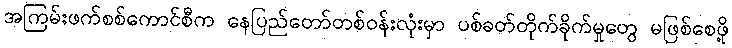
အကြမ်းဖက်စစ်ကောင်စီက နေပြည်တော်တစ်ဝန်းလုံးမှာ ပစ်ခတ်တိုက်ခိုက်မှုတွေ မဖြစ်စေဖို့